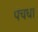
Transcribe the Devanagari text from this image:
पंचधा